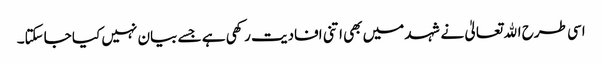
اسی طرح اﷲ تعالیٰ نے شہد میں بھی اتنی افادیت رکھی ہے جسے بیان نہیں کیا جاسکتا۔